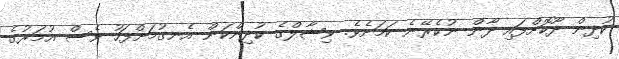
ކުދިން ދޫކޮށްފައި ދާން ނުކެރޭނެ ކަމަށެވެ. ވިޝާލްގެ ކުދިންކަން އެނގުމަށްފަހު ވެސް އުމަރުގެ